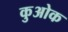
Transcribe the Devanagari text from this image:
कुओक